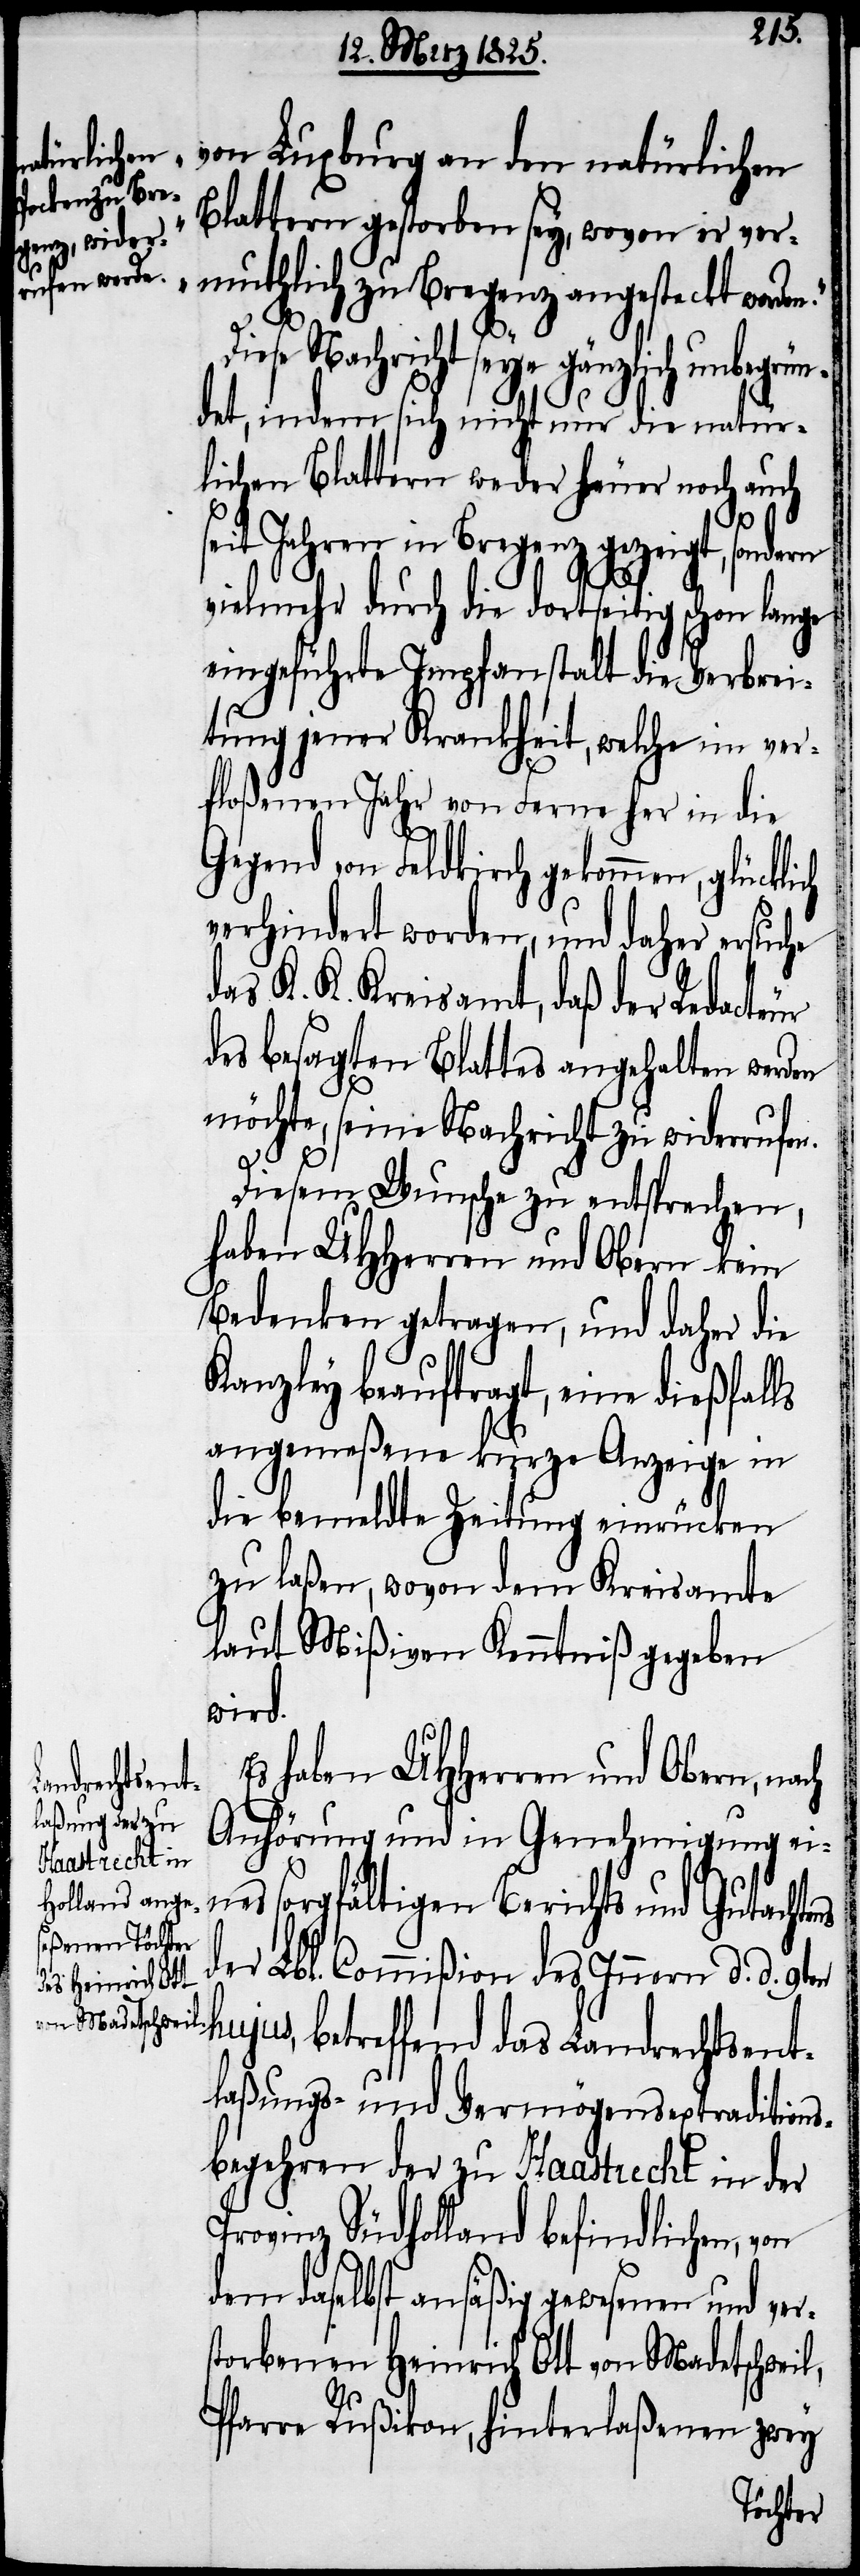
s¬

von Luxburg an den natürlichen
Blattern gestorben sey, wovon er ver¬
muthlich zu Bregenz angesteckt worde¬
iese Nachricht seye gänzlich unbegrü¬
ndet, indem sich nicht nur die natür¬
lichen Blattern weder heuer noch auch
seit Jahren in Bregenz gezeigt, sondern
vielmehr durch die dortseitig schon lange
eingeführte Impfanstalt die Verbrei¬
tung jener Krankheit, welche im ver¬
floßenen Jahr von Ferne her in die
Gegend von Feldkirch gekommen, glücklich
verhindert worden, und daher ersuche
das K. K. Kreisamt, daß der Redacteur
des besagten Blattes angehalten werden
möchte, seine Nachricht zur widerrufen.
Diesem Wunsche zu entsprechen,
haben UHHerren und Obern kein
Bedenken getragen, und daher die
Kanzley beauftragt, eine dießfalls
angemeßene kurze Anzeige in
die bemeldte Zeitung einrücken
zu laßen, wovon dem Kreisamte
laut Mißiven Kenntniß gegeben
wird.
Es haben UHHerren und Obern, nach
Anhörung und in Genehmigung ei¬
nes sorgfältigen Berichts und Gutachtens
der Lbl. Commißion des Innern d. d.
ujus, betreffend das Landrechtsent¬
laßungs- und Vermögensextraditions¬
begehren der zu Haastrecht in der
Provinz Südholland befindlichen,
dem daselbst ansäßig gewesenen und ver¬
torbenen Heinrich Ott von Madetschweil,
Pfarre Rußikon, hinterlaßenen zwey